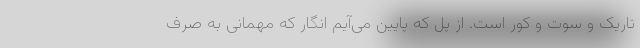
تاریک و سوت و کور است. از پل که پایین می‌آیم انگار که مهمانی به صرف